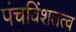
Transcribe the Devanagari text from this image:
पंचविंशतत्व